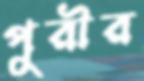
পুরীর